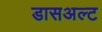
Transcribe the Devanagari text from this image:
डासअल्ट